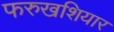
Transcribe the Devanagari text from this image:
फरुखशियार